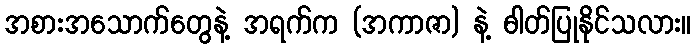
အစားအသောက်တွေနဲ့ အရက်က (အကာဇာ) နဲ့ ဓါတ်ပြုနိုင်သလား။